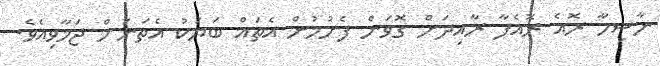
ނާސިހާ ރޮއެ ރޮއެފާ ރާއިދަށް ގޮވަން ފެށުމުން އެތައް ބަޔަކު އެތަނަށް ޖަމާވިއެވެ.